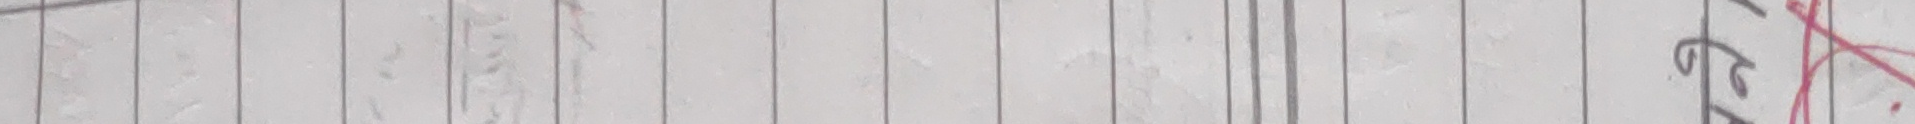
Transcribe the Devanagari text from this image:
७